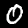
Label: 0